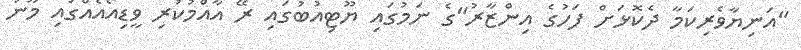
"އަނިޔާވެރިކަމާ ދެކޮޅަށް ފަހުގެ އިންޒާރު"ގެ ނަމުގައި ޔޫޓިއުބުގައި ރޭ އާއްމުކުރި ވީޑިއޯއެއްގައި މޫނު